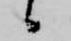
候